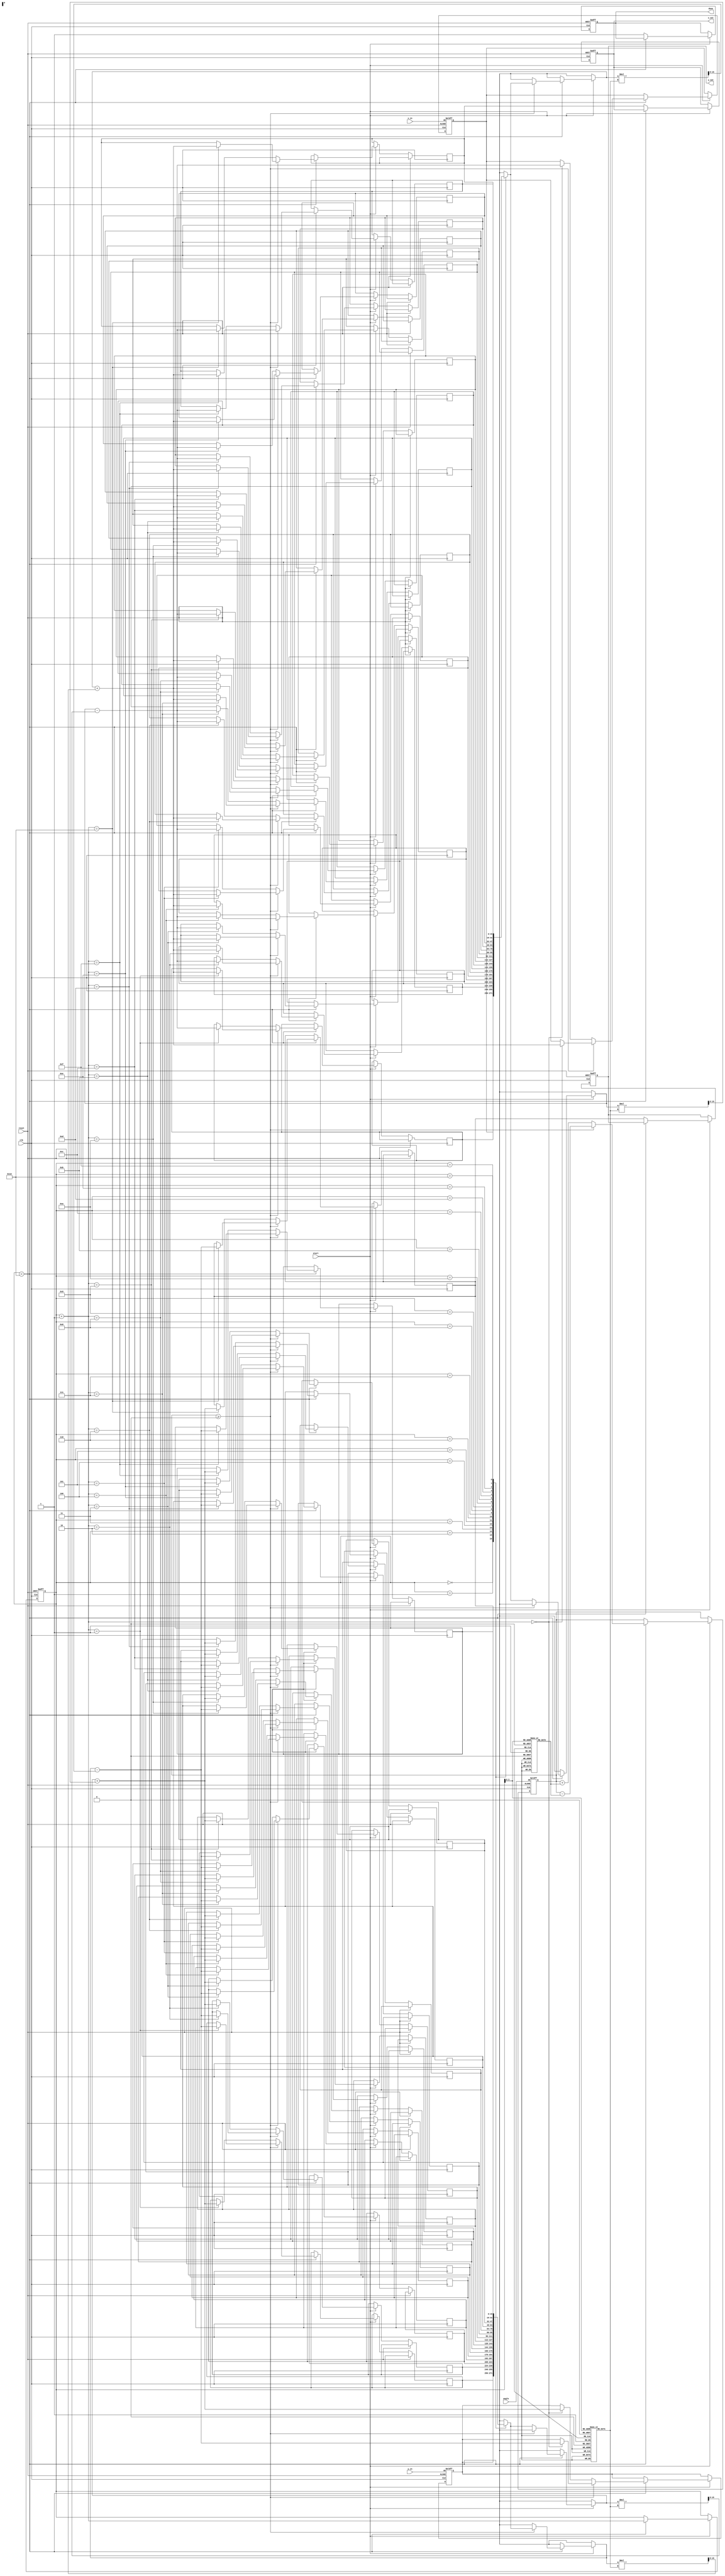
module cordic_rotational #(
    parameter WORD_LENGTH = 16,   // Word length for fixed-point representation
    parameter ITERATIONS = 16      // Number of iterations
)(
    input wire clk,
    input wire reset,
    input wire start,
    input wire signed [WORD_LENGTH-1:0] angle,  // Input angle in fixed-point
    input wire signed [WORD_LENGTH-1:0] x_in,    // Initial x coordinate
    input wire signed [WORD_LENGTH-1:0] y_in,    // Initial y coordinate
    output reg signed [WORD_LENGTH-1:0] x_out,   // Output x coordinate
    output reg signed [WORD_LENGTH-1:0] y_out,   // Output y coordinate
    output reg done                     // Operation complete signal
);

// Internal registers
reg signed [WORD_LENGTH-1:0] x [0:ITERATIONS];  // x coordinates
reg signed [WORD_LENGTH-1:0] y [0:ITERATIONS];  // y coordinates
reg [4:0] k;     // Scaling factor index
reg [4:0] iter;  // Iteration counter
reg signed [WORD_LENGTH-1:0] angle_table [0:ITERATIONS-1]; // Arctangent values
reg signed [WORD_LENGTH-1:0] K [0:ITERATIONS-1]; // Scaling factors
reg [WORD_LENGTH-1:0] current_angle; // Current angle

// Initialize the angle table and scaling factors
initial begin
    angle_table[0] = 16'h0;     // atan(2^0)
    angle_table[1] = 16'h26B3;  // atan(2^-1)
    angle_table[2] = 16'h1A62;  // atan(2^-2)
    angle_table[3] = 16'h0D8F;  // atan(2^-3)
    angle_table[4] = 16'h0A19;  // atan(2^-4)
    angle_table[5] = 16'h0515;  // atan(2^-5)
    angle_table[6] = 16'h0282;  // atan(2^-6)
    angle_table[7] = 16'h0140;  // atan(2^-7)
    angle_table[8] = 16'h00A0;  // atan(2^-8)
    angle_table[9] = 16'h0050;  // atan(2^-9)
    angle_table[10] = 16'h0028; // atan(2^-10)
    angle_table[11] = 16'h0014; // atan(2^-11)
    angle_table[12] = 16'h000A; // atan(2^-12)
    angle_table[13] = 16'h0005; // atan(2^-13)
    angle_table[14] = 16'h0002; // atan(2^-14)
    angle_table[15] = 16'h0001; // atan(2^-15)

    // Scaling factors (K_n)
    K[0] = 16'h26B3; // Precomputed scaling factors
    K[1] = 16'h1A62; 
    K[2] = 16'h0D8F; 
    K[3] = 16'h0A19; 
    K[4] = 16'h0515; 
    K[5] = 16'h0282; 
    K[6] = 16'h0140; 
    K[7] = 16'h00A0; 
    K[8] = 16'h0050; 
    K[9] = 16'h0028; 
    K[10] = 16'h0014; 
    K[11] = 16'h000A; 
    K[12] = 16'h0005; 
    K[13] = 16'h0002; 
    K[14] = 16'h0001; 
    K[15] = 16'h0001; 
end

// State machine for CORDIC operation
always @(posedge clk or posedge reset) begin
    if (reset) begin
        iter <= 0;
        done <= 0;
        x[0] <= x_in;
        y[0] <= y_in;
        current_angle <= angle;
        x_out <= 0;
        y_out <= 0;
    end else if (start) begin
        if (iter < ITERATIONS) begin
            // Determine rotation direction
            if (current_angle >= 0) begin
                // Clockwise rotation
                x[iter+1] <= x[iter] + (y[iter] * K[iter] >>> 8); // K_n * y
                y[iter+1] <= y[iter] - (x[iter] * K[iter] >>> 8); // -K_n * x
                current_angle <= current_angle - angle_table[iter];
            end else begin
                // Counter-clockwise rotation
                x[iter+1] <= x[iter] - (y[iter] * K[iter] >>> 8); // -K_n * y
                y[iter+1] <= y[iter] + (x[iter] * K[iter] >>> 8); // K_n * x
                current_angle <= current_angle + angle_table[iter];
            end
            iter <= iter + 1;
        end else begin
            // Operation completed
            x_out <= x[ITERATIONS];
            y_out <= y[ITERATIONS];
            done <= 1;
        end
    end
end

endmodule